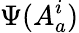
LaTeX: \Psi(A_{a}^{i})